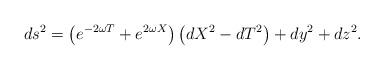
LaTeX: \begin{align*}ds^{2}=\left( e^{-2\omega T}+e^{2\omega X}\right) \left(dX^{2}-dT^{2}\right) +dy^{2}+dz^{2}. \end{align*}